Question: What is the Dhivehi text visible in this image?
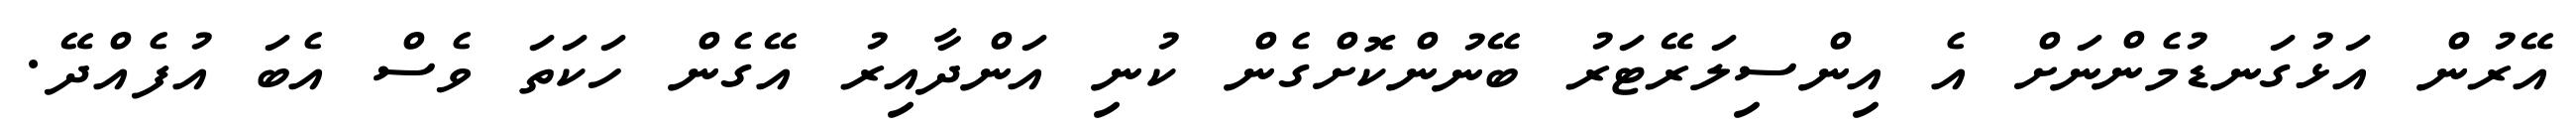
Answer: އޭރުން އަޅުގަނޑުމެންނަށް އެ އިންސިލަރޭޓަރު ބޭނުންކޮށްގެން ކުނި އަންދާއިރު އޭގެން ހަކަތަ ވެސް އެބަ އުފެއްދޭ.